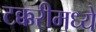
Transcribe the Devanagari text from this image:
टक्करीमध्ये